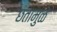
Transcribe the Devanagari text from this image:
छतामुळे